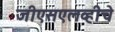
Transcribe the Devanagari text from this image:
जीएसएलव्हीचे